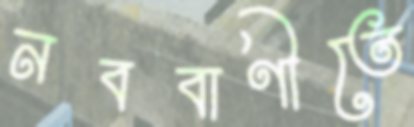
নববাণীতে